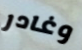
وغادر